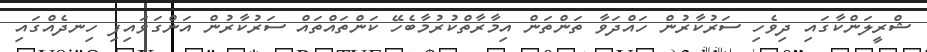
ޝްރީލަންކާގައި ދިވެހި ސަރުކާރުން ހައްދަވާ ތަންތަން އިމާރާތްކުރުމާބެހޭ ކަންތައްތައް ސަރުކާރުން އަންގަވައިފި ހިނދެއްގައި